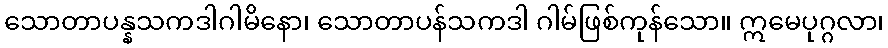
သောတာပန္နသကဒါဂါမိနော၊ သောတာပန်သကဒါ ဂါမ်ဖြစ်ကုန်သော။ ဣမေပုဂ္ဂလာ၊